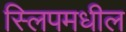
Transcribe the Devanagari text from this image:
स्लिपमधील